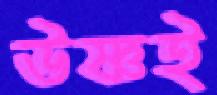
উষ্ণই